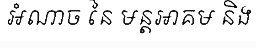
អំណាច នៃ មន្តអាគម និង